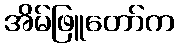
အိမ်ဖြူတော်က